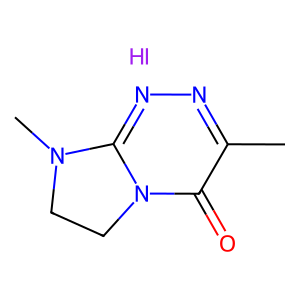
SMILES: Cc1nnc2n(c1=O)CCN2C.I
Inhibits HIV replication: No